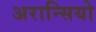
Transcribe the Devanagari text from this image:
अरान्सियो